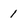
Character: 1